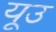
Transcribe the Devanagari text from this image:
यूउ